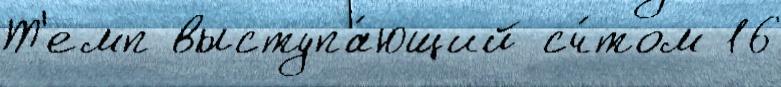
Т'емп выступа́ющий сч́том 16